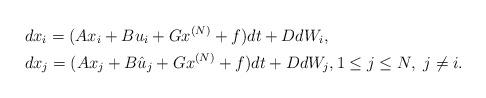
LaTeX: \begin{align*}&dx_i = (Ax_i +Bu_i + Gx^{(N)} +f) dt +D dW_i, \\&dx_j=( Ax_j +B\hat u_j +Gx^{(N)} + f) dt +D dW_j, 1\le j\le N,\ j\ne i. \end{align*}